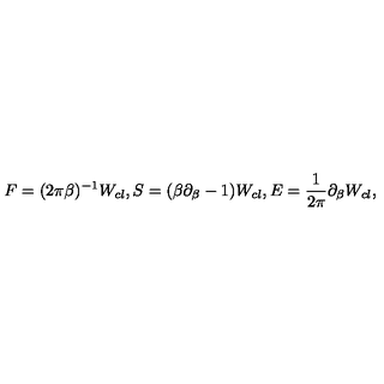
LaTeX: F = ( 2 \pi \beta ) ^ { - 1 } W _ { c l } , S = ( \beta \partial _ { \beta } - 1 ) W _ { c l } , E = { \frac { 1 } { 2 \pi } } \partial _ { \beta } W _ { c l } ,